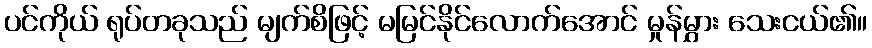
ပင်ကိုယ် ရုပ်တခုသည် မျက်စိဖြင့် မမြင်နိုင်လောက်အောင် မှုန်မွှား သေးငယ်၏။